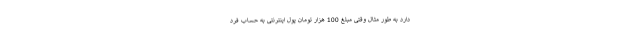
دارد به طور مثال وقتی مبلغ 100 هزار تومان پول اینترنتی به حساب فرد